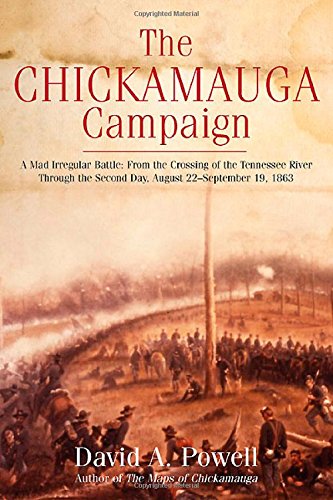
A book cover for The Chickamauga Campaign - A Mad Irregular Battle: From the Crossing of Tennessee River Through the Second Day, August 22 - September 19, 1863; David Powell; History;